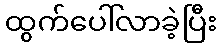
ထွက်ပေါ်လာခဲ့ပြီး